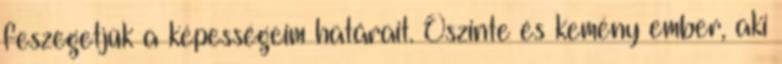
feszegetjük a képességeim határait. Őszinte és kemény ember, aki